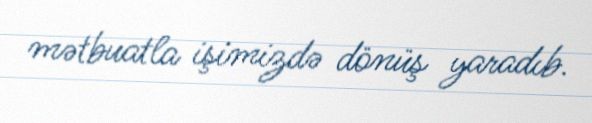
mətbuatla işimizdə dönüş yaradıb.